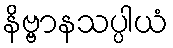
နိဗ္ဗာနသပ္ပါယံ